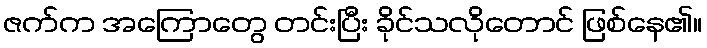
ဇက်က အကြောတွေ တင်းပြီး ခိုင်သလိုတောင် ဖြစ်နေ၏။